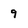
Character: 9